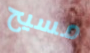
مسيح